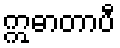
ဣဓာတာပီ